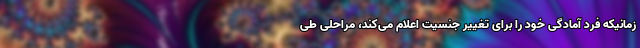
زمانیکه فرد آمادگی خود را برای تغییر جنسیت اعلام می‌کند، مراحلی طی